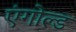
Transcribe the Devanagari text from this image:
एंगोल्ड